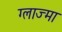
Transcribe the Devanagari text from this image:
ग्लाज्मा